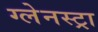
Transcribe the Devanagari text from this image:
ग्लेनस्ट्रा